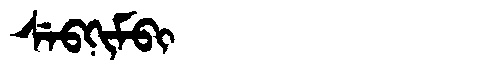
Manchu: ᠰᡝᠪᡴᡳᠮᠪᡳ
Romanization: SEBKIMBI